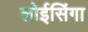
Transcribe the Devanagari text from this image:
लोईसिंगा